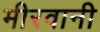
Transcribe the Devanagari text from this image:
मीरवानी